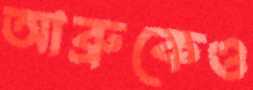
আব্রুকেও